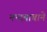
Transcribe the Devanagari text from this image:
नन्दबाबाने